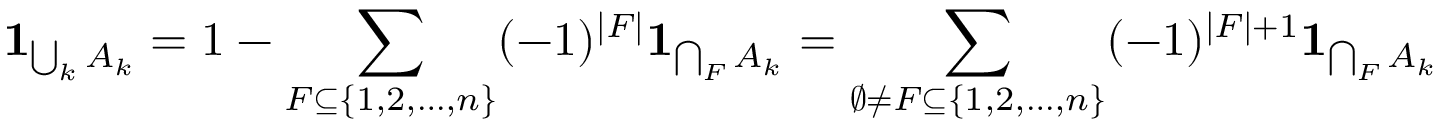
\mathbf { 1 } _ { \bigcup _ { k } A _ { k } } = 1 - \sum _ { F \subseteq \{ 1 , 2 , \dotsc , n \} } ( - 1 ) ^ { | F | } \mathbf { 1 } _ { \bigcap _ { F } A _ { k } } = \sum _ { \emptyset \neq F \subseteq \{ 1 , 2 , \dotsc , n \} } ( - 1 ) ^ { | F | + 1 } \mathbf { 1 } _ { \bigcap _ { F } A _ { k } }